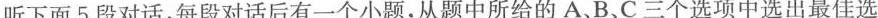
听下面5 段对话,每段对话后有一个小题,从题中所给的 A.B、C三个选项中选出最佳选